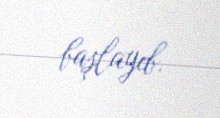
başlayıb.